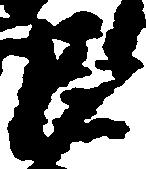
臣